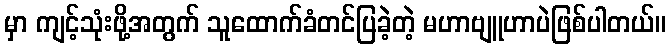
မှာ ကျင့်သုံးဖို့အတွက် သူထောက်ခံတင်ပြခဲ့တဲ့ မဟာဗျူဟာပဲဖြစ်ပါတယ်။